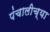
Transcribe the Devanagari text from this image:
पंचालीच्या